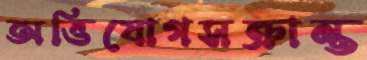
অভিযোগসক্রান্ত